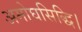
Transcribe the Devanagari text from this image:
अमोघसिद्धि।